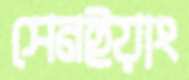
সেনইয়াং